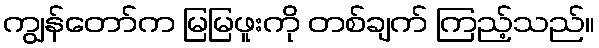
ကျွန်တော်က မြမြဖူးကို တစ်ချက် ကြည့်သည်။